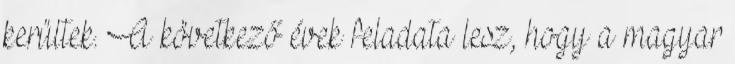
kerültek. A következő évek feladata lesz, hogy a magyar